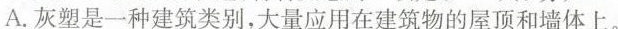
A.灰塑是一种建筑类别，大量应用在建筑物的屋顶和墙体上。